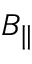
B _ { \parallel }